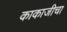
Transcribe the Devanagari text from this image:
काकाजीचा